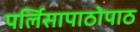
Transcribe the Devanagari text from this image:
पर्लिसापाठोपाठ